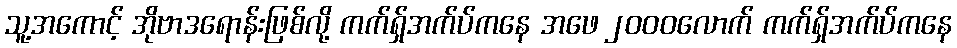
သူ့အကောင့် အိုဗာဒရောန်းဖြစ်လို့ ကက်ရှ်အက်ပ်ကနေ အဖေ ၂၀၀၀လောက် ကက်ရှ်အက်ပ်ကနေ